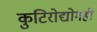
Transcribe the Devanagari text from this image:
कुटिरोद्योगही